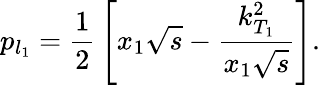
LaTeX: {p}_{l_{1}}={\frac{1}{2}}\left[{x}_{1}{\sqrt s}-{\frac{{k}_{T_{1}}^{2}}{{x}_{1}{\sqrt{s}}}}\right].